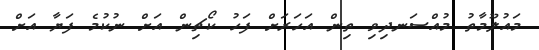
މައުލޫމާތު މުއްސަނދިވި ތިން އަހަރަށް ފަހު ކޯޗިން އަށް ނުކުމެ ފަޔާ އަށް